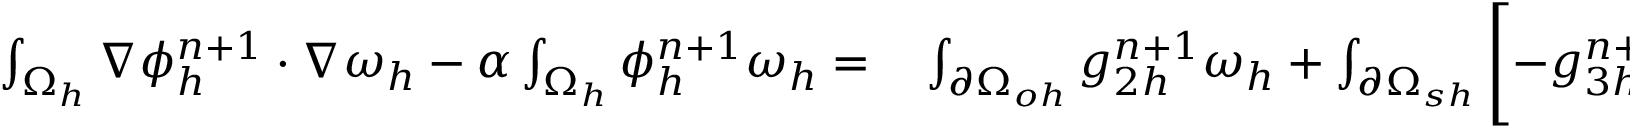
\begin{array} { r l } { \small \int _ { \Omega _ { h } } \nabla \phi _ { h } ^ { n + 1 } \cdot \nabla \omega _ { h } - \alpha \int _ { \Omega _ { h } } \phi _ { h } ^ { n + 1 } \omega _ { h } = } & { { } \int _ { \partial \Omega _ { o h } } g _ { 2 h } ^ { n + 1 } \omega _ { h } + \int _ { \partial \Omega _ { s h } } \left[ - g _ { 3 h } ^ { n + 1 } - \frac { \Theta ^ { \prime } ( \phi _ { h } ^ { * , n + 1 } ) } { \lambda } \right] \omega _ { h } } \end{array}